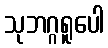
သုဘဂ္ဂရူပေါ